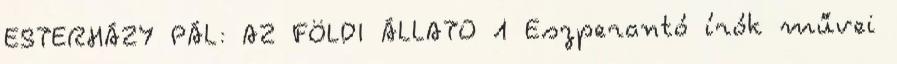
ESTERHÁZY PÁL: AZ FÖLDI ÁLLATO 1 Eszperantó írók művei